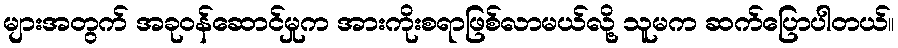
များအတွက် အခုဝန်ဆောင်မှုက အားကိုးစရာဖြစ်လာမယ်လို့ သူမက ဆက်ပြောပါတယ်။